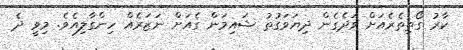
ކާރު ގޯތިތެރެއަށް ވަދެގެން ދިޔަވަގުތު ޝައިމަން ގެއަށް ނަޒަރެއް ހިންގާލިއެވެ. މިވީ ދެ